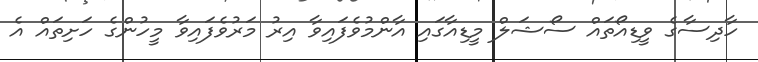
ހާދިސާގެ ވީޑިއޯތައް ސޯޝަލް މީޑިއާގައި އާންމުވެފައިވާ އިރު މަރުވެފައިވާ މީހުންގެ ހަށިތައް އެ